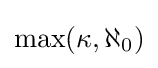
\max(\kappa ,\aleph _{0})